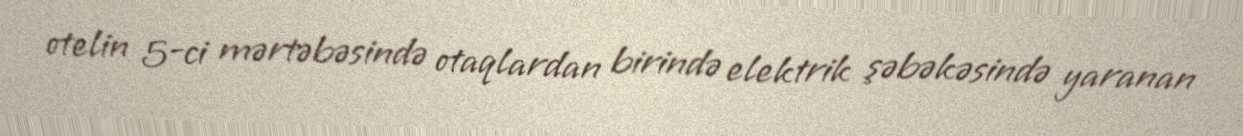
otelin 5-ci mərtəbəsində otaqlardan birində elektrik şəbəkəsində yaranan